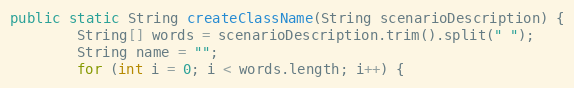
Language: Java
public static String createClassName(String scenarioDescription) {
        String[] words = scenarioDescription.trim().split(" ");
        String name = "";
        for (int i = 0; i < words.length; i++) {